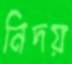
নিদয়